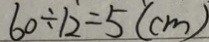
6 0 \div 1 2 = 5 ( c m )